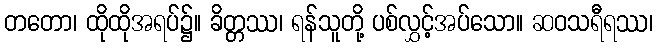
တတော၊ ထိုထိုအရပ်၌။ ခိတ္တဿ၊ ရန်သူတို့ ပစ်လွှင့်အပ်သော။ ဆဝသရီရဿ၊